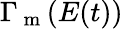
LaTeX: \Gamma_{\mathrm{~m~}}(E(t))